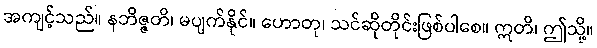
အကျင့်သည်။ နဘိဇ္ဇတိ၊ မပျက်နိုင်။ ဟောတု၊ သင်ဆိုတိုင်းဖြစ်ပါစေ။ ဣတိ၊ ဤသို့။